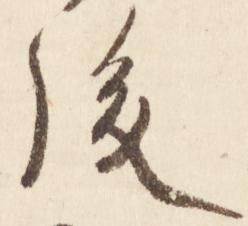
後